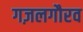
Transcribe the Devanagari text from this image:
गज़लगौरव